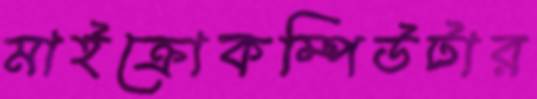
মাইক্রোকম্পিউটার